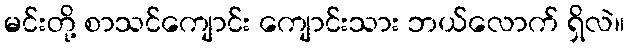
မင်းတို့ စာသင်ကျောင်း ကျောင်းသား ဘယ်လောက် ရှိလဲ။